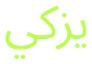
يزكي